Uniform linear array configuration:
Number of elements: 24
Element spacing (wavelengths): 0.75
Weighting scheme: cosine
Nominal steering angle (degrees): -15
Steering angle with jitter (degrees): -16.954
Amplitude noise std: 0.05
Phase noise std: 0.05

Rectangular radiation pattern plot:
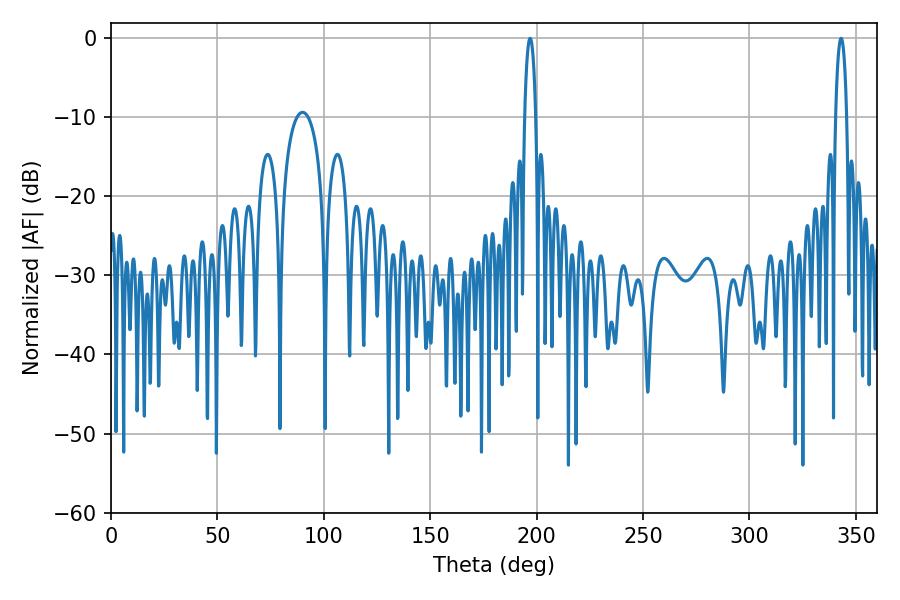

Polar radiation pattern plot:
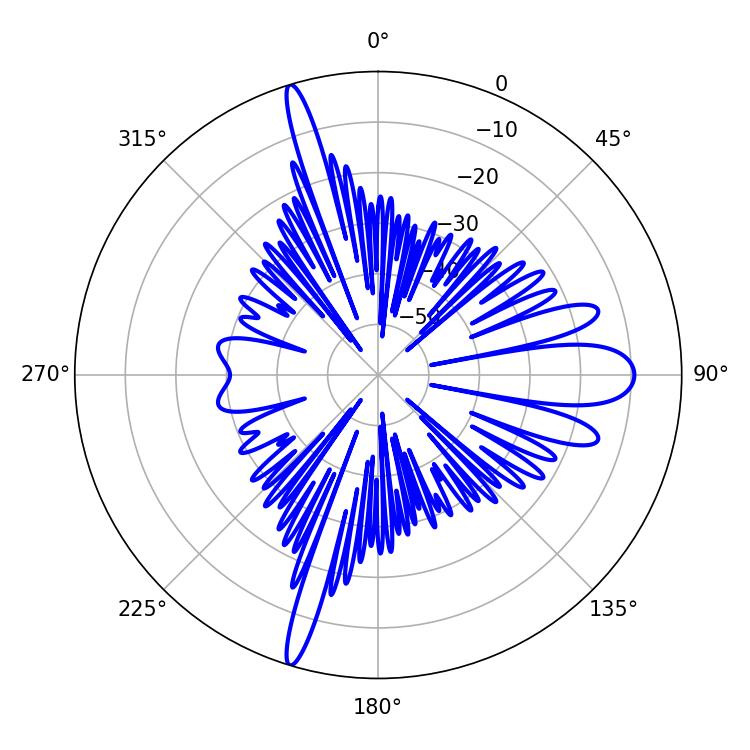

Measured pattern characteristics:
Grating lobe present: TRUE
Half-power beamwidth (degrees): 2.88
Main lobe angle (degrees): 196.92